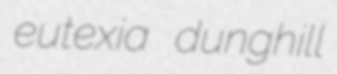
eutexia dunghill